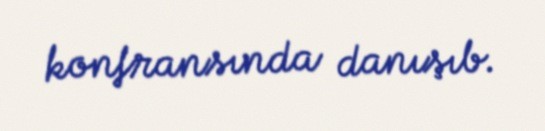
konfransında danışıb.